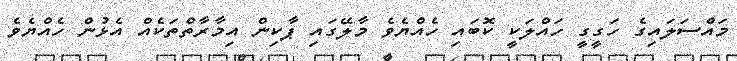
މައްސަލައިގެ ހަގީގީ ހައްލަކީ ކޮބައި ހެއްޔެވެ މާލޭގައި ޕާކިން އިމާރާތްތަކެއް އެޅުން ހެއްޔެވެ